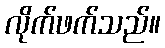
လိုက်ဖက်သည်။